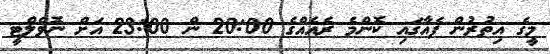
މީގެ އިތުރުން ފެއާގައި ކޮންމެ ރެއެއްގެ 20:00 ން 23:00 އަށް ނޮވެލްޓީ